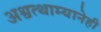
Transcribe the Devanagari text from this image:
अश्वत्थाम्यानेही